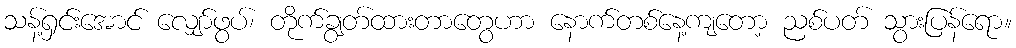
သန့်ရှင်းအောင် လျှော်ဖွပ်၊ တိုက်ချွတ်ထားတာတွေဟာ နောက်တစ်နေ့ကျတော့ ညစ်ပတ် သွားပြန်ရော။